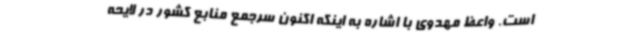
است. واعظ مهدوی با اشاره به اینکه اکنون سرجمع منابع کشور در لایحه